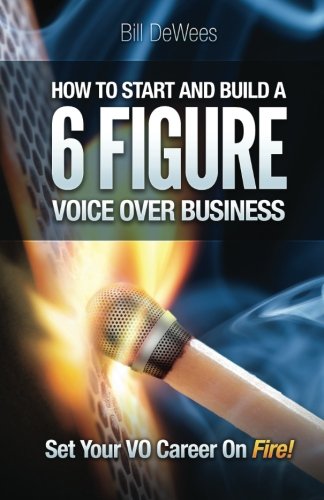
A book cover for How to Start and Build a SIX FIGURE Voice Over Business: Set Your VO Career on Fire!; Bill DeWees; Humor & Entertainment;